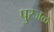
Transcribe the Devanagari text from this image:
पुरजळ